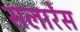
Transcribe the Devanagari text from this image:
सलारेस